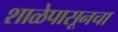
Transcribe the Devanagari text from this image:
शाळेपासूनचा